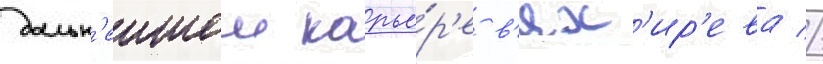
дальн'еишеи карье́р'е в'ях'ир'ева //